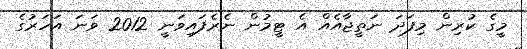
މީގެ ކުރިން މިފަދަ ނަތީޖާއެއް އެ ޓީމުން ނެރެފައިވަނީ 2012 ވަނަ އަހަރުގެ